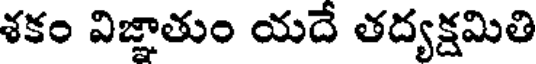
శకం విజ్ఞాతుం యదే తద్యక్షమితి